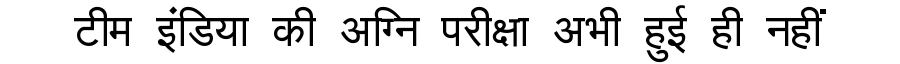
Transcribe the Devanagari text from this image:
टीम इंडिया की अग्नि परीक्षा अभी हुई ही नहीं